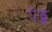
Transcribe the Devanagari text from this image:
पेड्ड